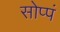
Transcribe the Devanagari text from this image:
सोप्पं